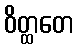
ဝိတ္ထတေ